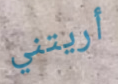
أريتني